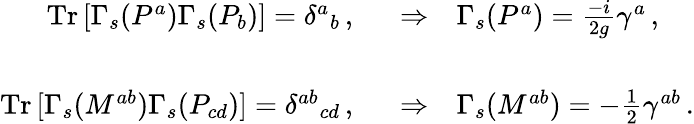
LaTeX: \begin{array}{rcl}{{\mathrm{Tr}\, [\Gamma_{s}(P^{a})\Gamma_{s}(P_{b})]=\delta^{a}{}_{b}\, ,\, \, \, \, }}&{{\Rightarrow}}&{{\Gamma_{s}(P^{a})={\textstyle\frac{-i}{2g}}\gamma^{a}\, ,}}\\ {{}}&{{}}&{{}}\\ {{\mathrm{Tr}\, [\Gamma_{s}(M^{ab})\Gamma_{s}(P_{cd})]=\delta^{ab}{}_{cd}\, ,\, \, \, \, }}&{{\Rightarrow}}&{{\Gamma_{s}(M^{ab})=-{\textstyle\frac{1}{2}}\gamma^{ab}\, .}}\end{array}